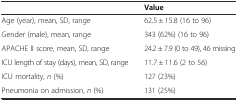
<table><thead><tr><td></td><td><b>Value</b></td></tr></thead><tbody><tr><td>Age (year), mean, SD, range</td><td>62.5 ± 15.8 (16 to 96)</td></tr><tr><td>Gender (male), mean, range</td><td>343 (62%) (16 to 96)</td></tr><tr><td>APACHE II score, mean, SD, range</td><td>24.2 ± 7.9 (0 to 49), 46 missing</td></tr><tr><td>ICU length of stay (days), mean, SD, range</td><td>11.7 ± 11.6 (2 to 56)</td></tr><tr><td>ICU mortality, <i>n</i> (%)</td><td>127 (23%)</td></tr><tr><td>Pneumonia on admission, <i>n</i> (%)</td><td>131 (25%)</td></tr></tbody></table>